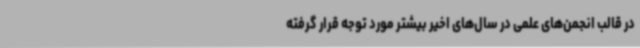
در قالب انجمن‌های علمی در سال‌های اخیر بیشتر مورد توجه قرار گرفته